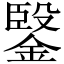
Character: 𲇔